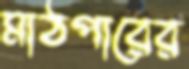
মাঠপারের